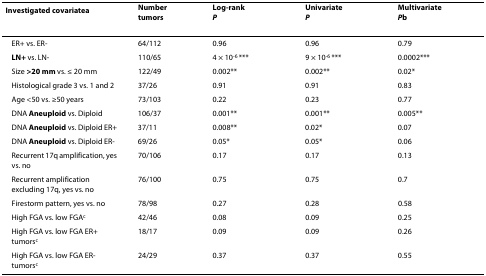
| Investigated covariatea | Number tumors | Log-rankP | UnivariateP | MultivariatePb |
 | --- | --- | --- | --- | --- |
 | ER+ vs. ER- | 64/112 | 0.96 | 0.96 | 0.79 |
 | LN+ vs. LN- | 110/65 | 4 × 10-6 *** | 9 × 10-6 *** | 0.0002*** |
 | Size >20 mm vs. ≤ 20 mm | 122/49 | 0.002** | 0.002** | 0.02* |
 | Histological grade 3 vs. 1 and 2 | 37/26 | 0.91 | 0.91 | 0.83 |
 | Age <50 vs. ≥50 years | 73/103 | 0.22 | 0.23 | 0.77 |
 | DNA Aneuploid vs. Diploid | 106/37 | 0.001** | 0.001** | 0.005** |
 | DNA Aneuploid vs. Diploid ER+ | 37/11 | 0.008** | 0.02* | 0.07 |
 | DNA Aneuploid vs. Diploid ER- | 69/26 | 0.05* | 0.05* | 0.06 |
 | Recurrent 17q amplification, yes vs. no | 70/106 | 0.17 | 0.17 | 0.13 |
 | Recurrent amplification excluding 17q, yes vs. no | 76/100 | 0.75 | 0.75 | 0.7 |
 | Firestorm pattern, yes vs. no | 78/98 | 0.27 | 0.28 | 0.58 |
 | High FGA vs. low FGAc | 42/46 | 0.08 | 0.09 | 0.25 |
 | High FGA vs. low FGA ER+ tumorsc | 18/17 | 0.09 | 0.09 | 0.26 |
 | High FGA vs. low FGA ER- tumorsc | 24/29 | 0.37 | 0.37 | 0.55 |